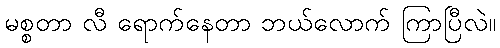
မစ္စတာ လီ ရောက်နေတာ ဘယ်လောက် ကြာပြီလဲ။